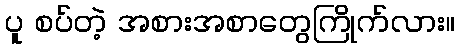
ပူ စပ်တဲ့ အစားအစာတွေကြိုက်လား။